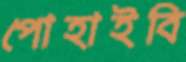
পোহাইবি